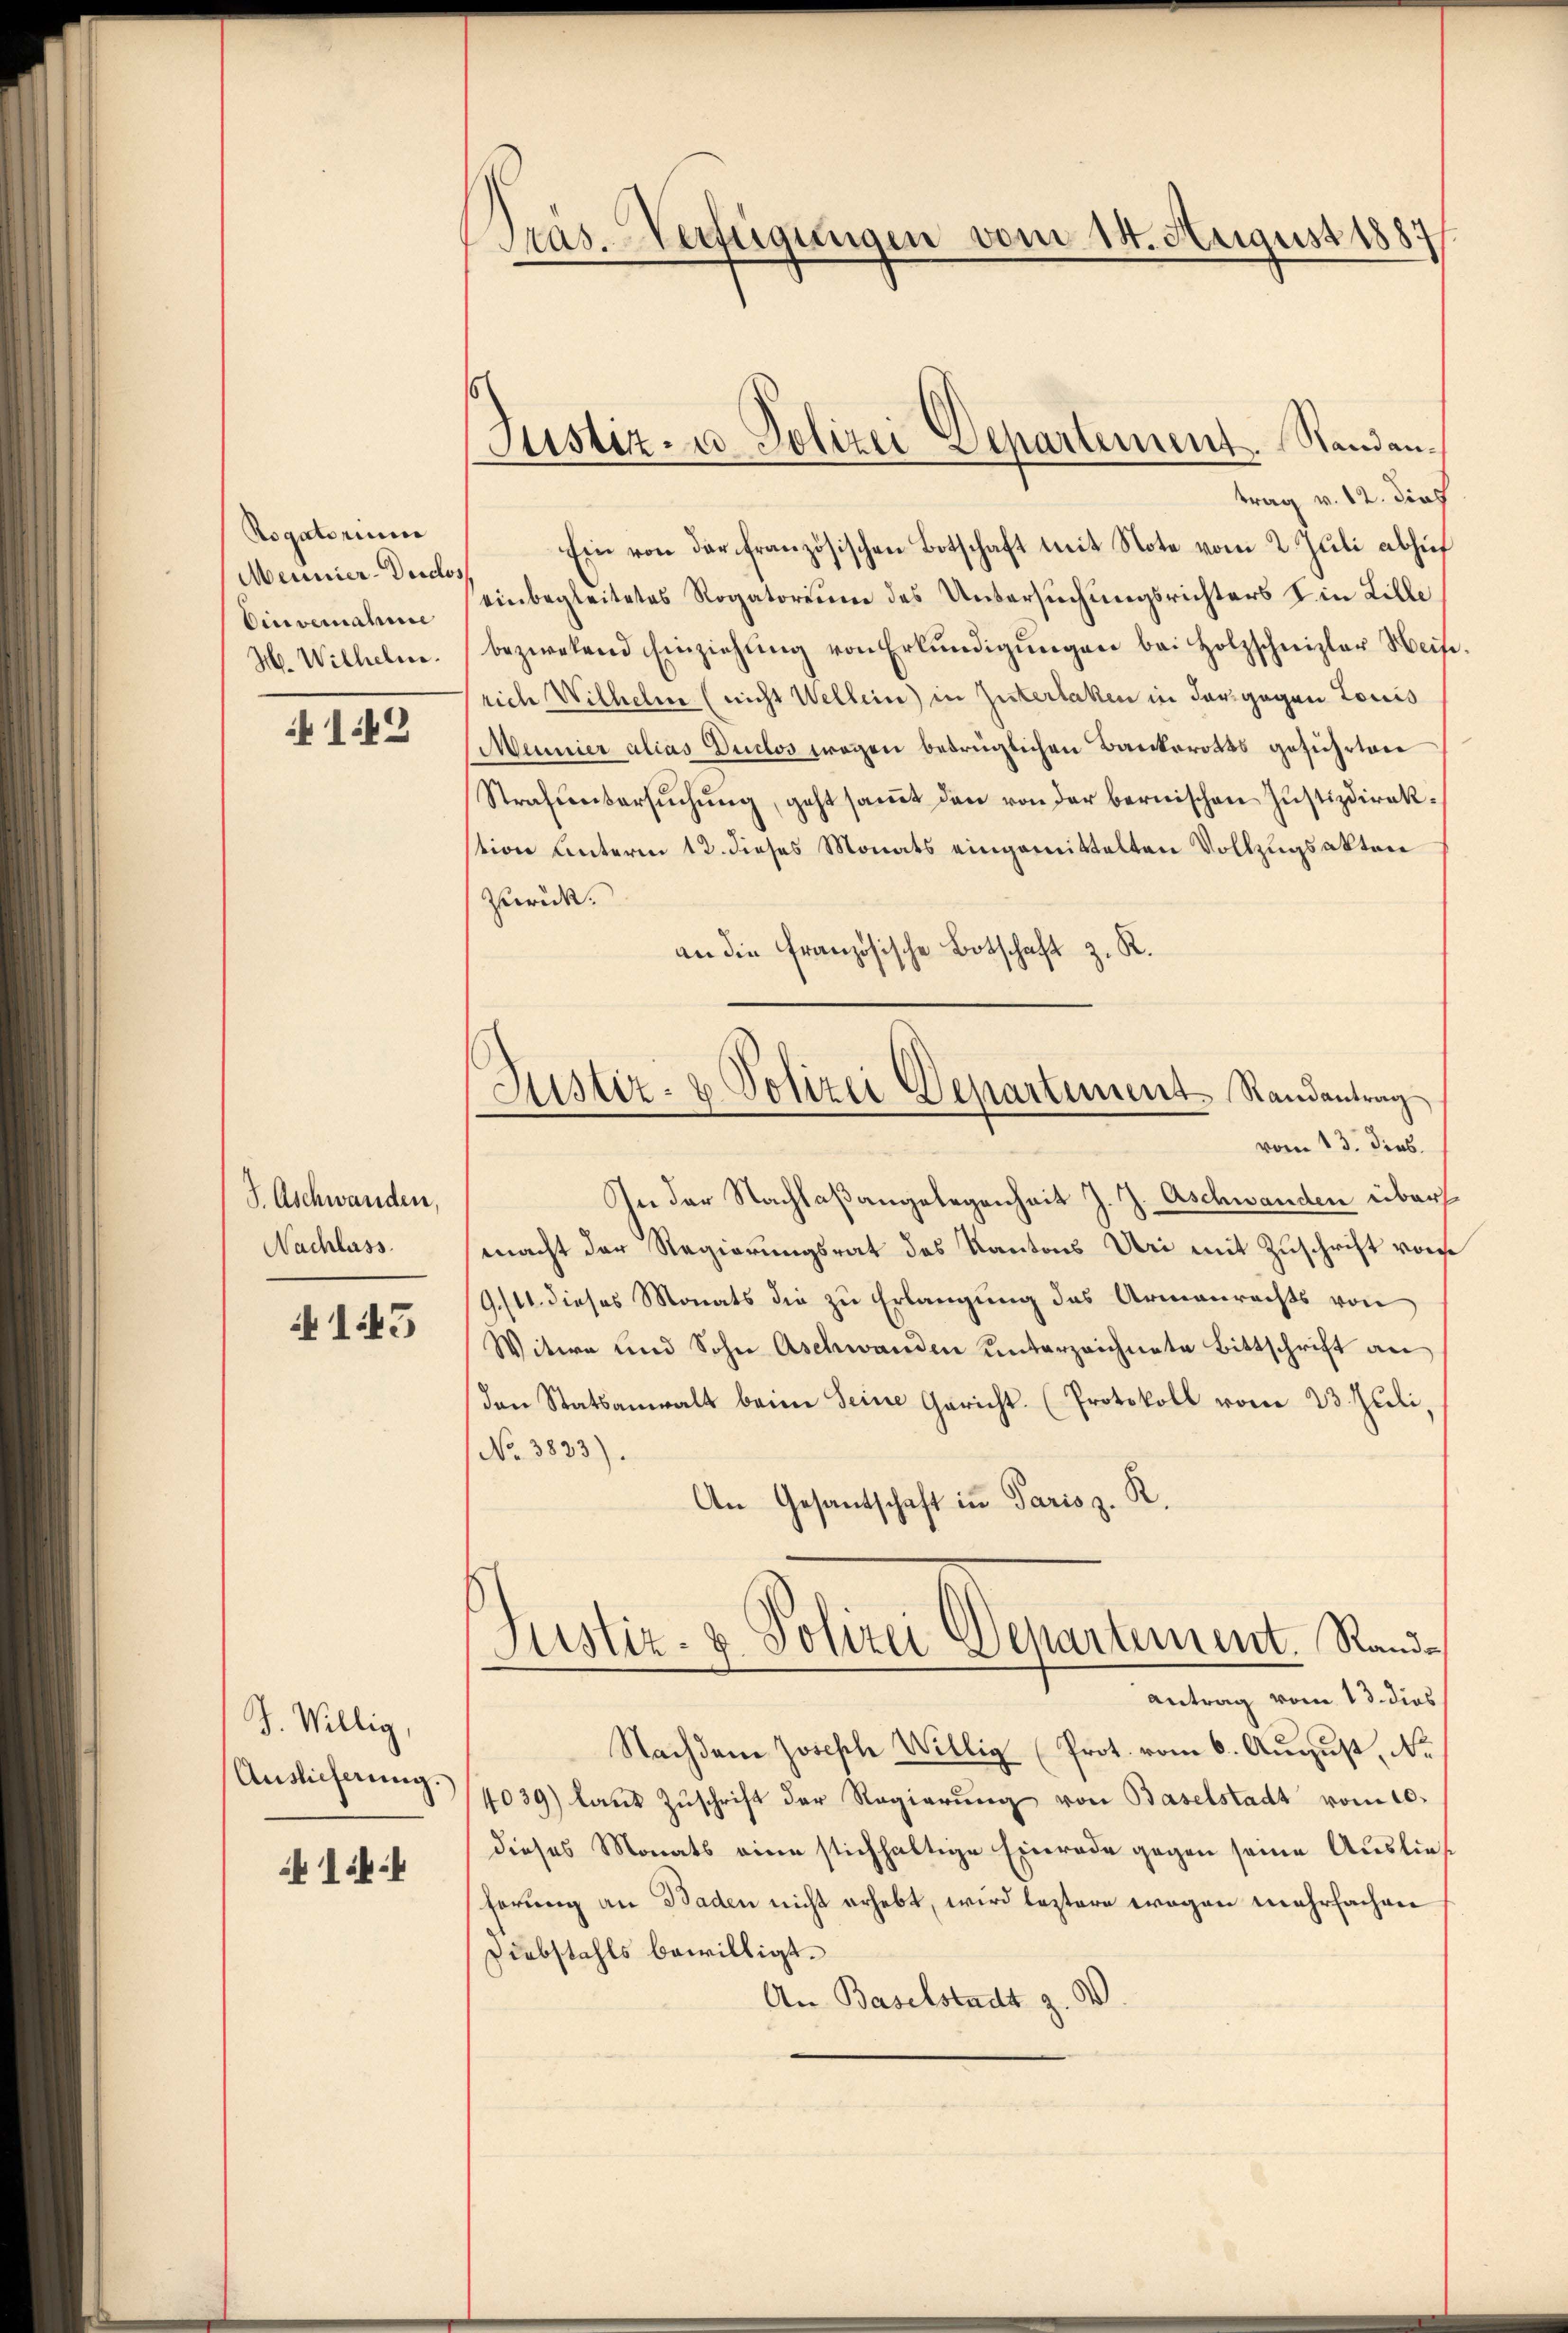
Rogatorium
Meunier-Derclos
Cinvernahme
H. Wilhelm.

142

S. Aschwanden,
Nachlass

143

J. Willig,
Auslicherung.

1

Präs. Verfügungen vom 14. August 1887

Justiz- u. Polizei Departement. Standan¬

trag v. 12. Dief
Ein von der französischen Botschaft mit Note vom 2. Jŭli abhief
einbegleitetes Rogatorium des Untersuchungsrichters I. in Lille
bezwekend Einziehung von Erkundigungen bei Holzschnizler Heis
rich Wilhelm (nicht Wellein) in Ziterlaken in dargegen Louis
Mainier alias Duclos wegen betrüglichen Bankerotis geführten
Strafuntersŭchŭng, geht saṁt den von der bernischen Justizdirekstion unterm 12. dieses Monats eingemittelten Vollzugsakten
Zurück.
an die Französische Botschaft z. R.
vom 13. dies
In der Nachlaßangelegenheit J. J. Aschwanden über
macht der Regierungsrat des Kantons Uri mit Zuschrift von
9./11. dieses Monats die zu Erlangung das Armenrechts von
Witwe und Sohn Aschwanden unterzeichnete Bittschrift an
Den Statsanwalt beim Seine Gericht. (Protokoll vom 23. Juli,
No. 3833).
2.
An Gesantschaft in Parisz
Justiz- & Polizei Departement. Sand¬
Antrag vom 13. dies
Nachdem Joseph Willig (Prot. vom 6. August, Nr.
4039) laut Zŭschrift der Regierŭng von Baselstadt vom 10.
dieses Monats eine stichhaltige Einrade gegen seine Ausließ
ferung an Baden nicht erhebt, wird leztere wegen mehrfachen
Diebstahls bewilligt.
An Baselstadt z. B.

Justiz- & Polizei Departement Randantrag